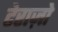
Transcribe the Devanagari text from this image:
टेराज़ो